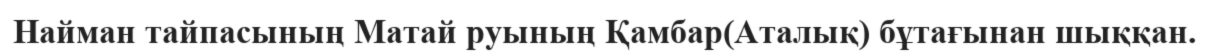
Найман тайпасының Матай руының Қамбар(Аталық) бұтағынан шыққан.